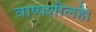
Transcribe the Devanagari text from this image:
वाष्पशीलहै।